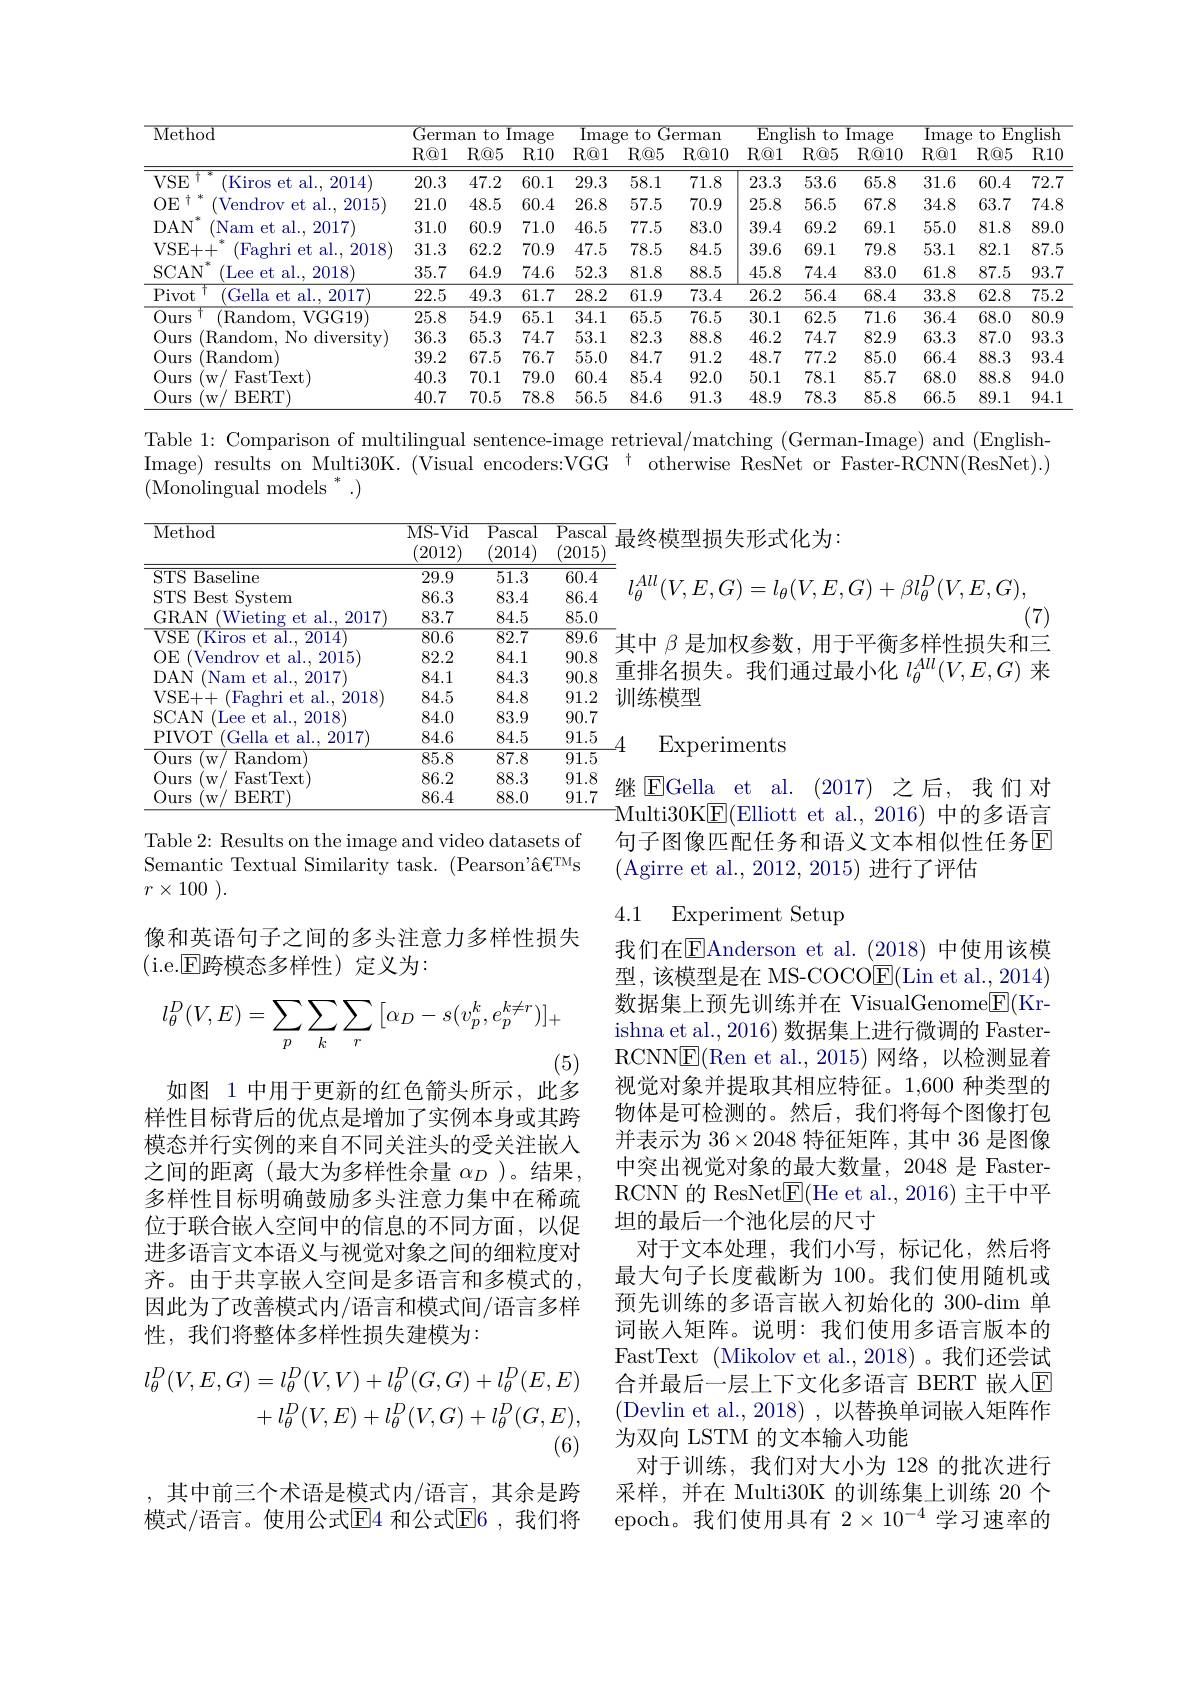
<table>
	<tbody>
		<tr>
			<th rowspan="2">$\mathop{\mathrm{Method}}$</th>
			<th colspan="2">German to Ima</th>
			<th>mage</th>
			<th colspan="3">${\mathrm{Image~to~German}}$</th>
			<th>$\overline{\mathrm{Eng}}$</th>
			<th rowspan="1">English to Image</th>
			<th>$\overline{\mathrm}$</th>
			<th colspan="3">$\operatorname$ ;to I English</th>
		</tr>
		<tr>
			<th>$R@1$</th>
			<th>$R@5$</th>
			<th>$R10$</th>
			<th>$R@1$</th>
			<th>$R@5$</th>
			<th>$R@10$</th>
			<th>$R@1$</th>
			<th>$R@5$</th>
			<th>$R@10$</th>
			<th>$R@1$</th>
			<th>$R@5$</th>
			<th>$R10$</th>
		</tr>
		<tr>
			<td>VSE 广 (Kiros et al., 2014)</td>
			<td>20.3</td>
			<td>47.2</td>
			<td>60.1</td>
			<td>29.3</td>
			<td>58.1</td>
			<td>71.8</td>
			<td>23.3</td>
			<td>53.6</td>
			<td>65.8</td>
			<td>31.6</td>
			<td>60.4</td>
			<td>72.7</td>
		</tr>
		<tr>
			<td>$OE$ 十 冰 (Vendrov et al., 2015</td>
			<td>21.0</td>
			<td>48.5</td>
			<td>60.4</td>
			<td>26.8</td>
			<td>57.5</td>
			<td>70.9</td>
			<td>25.8</td>
			<td>56.5</td>
			<td>67.8</td>
			<td>34.8</td>
			<td>63.7</td>
			<td>74.8</td>
		</tr>
		<tr>
			<td>$DAN$ (Nam et al.. 2017</td>
			<td>31.0</td>
			<td>60.9</td>
			<td>71.0</td>
			<td>46.5</td>
			<td>77.5</td>
			<td>83.0</td>
			<td>39.4</td>
			<td>69.2</td>
			<td>69.1</td>
			<td>55.0</td>
			<td>81.8</td>
			<td>89.0</td>
		</tr>
		<tr>
			<td>VSE+ + 大 (Faghri et al., 2018</td>
			<td>31.3</td>
			<td>62.2</td>
			<td>70.9</td>
			<td>47.5</td>
			<td>78.5</td>
			<td>84.5</td>
			<td>39.6</td>
			<td>69.1</td>
			<td>79.8</td>
			<td>53.1</td>
			<td>82.1</td>
			<td>87.5</td>
		</tr>
		<tr>
			<td>SCAN (Lee et al., 2018</td>
			<td>35.7</td>
			<td>64.9</td>
			<td>74.6</td>
			<td>52.3</td>
			<td>81.8</td>
			<td>88.5</td>
			<td>45.8</td>
			<td>74.4</td>
			<td>83.0</td>
			<td>61.8</td>
			<td>87.5</td>
			<td>93.7</td>
		</tr>
		<tr>
			<td>Pivot $^{\prime }$Gella et al. 2017</td>
			<td>22.5</td>
			<td>49.3</td>
			<td>61.7</td>
			<td>28.2</td>
			<td>61.9</td>
			<td>73.4</td>
			<td>26.2</td>
			<td>56.4</td>
			<td>68.4</td>
			<td>33.8</td>
			<td>62.8</td>
			<td>75.2</td>
		</tr>
		<tr>
			<td>Ours (Random, VGG19)</td>
			<td>25.8</td>
			<td>54.9</td>
			<td>65.1</td>
			<td>34.1</td>
			<td>65.5</td>
			<td>76.5</td>
			<td>30.1</td>
			<td>62.5</td>
			<td>71.6</td>
			<td>36.4</td>
			<td>68.0</td>
			<td>80.9</td>
		</tr>
		<tr>
			<td>(Random, No diversity) Ours</td>
			<td>36.3</td>
			<td>65.3</td>
			<td>74.7</td>
			<td>53.1</td>
			<td>82.3</td>
			<td>88.8</td>
			<td>46.2</td>
			<td>74.7</td>
			<td>82.9</td>
			<td>63.3</td>
			<td>87.0</td>
			<td>93.3</td>
		</tr>
		<tr>
			<td>Ours (Random</td>
			<td>39.2</td>
			<td>67.5</td>
			<td>76.7</td>
			<td>55.0</td>
			<td>84.7</td>
			<td>91.2</td>
			<td>48.7</td>
			<td>77.2</td>
			<td>85.0</td>
			<td>66.4</td>
			<td>88.3</td>
			<td>93.4</td>
		</tr>
		<tr>
			<td>Ours FastText $W$,</td>
			<td>40.3</td>
			<td>70.1</td>
			<td>79.0</td>
			<td>60.4</td>
			<td>85.4</td>
			<td>92.0</td>
			<td>50.1</td>
			<td>78.1</td>
			<td>85.7</td>
			<td>68.0</td>
			<td>88.8</td>
			<td>94.0</td>
		</tr>
		<tr>
			<td>Ours BERT $W$</td>
			<td>40.7</td>
			<td>70.5</td>
			<td>78.8</td>
			<td>56.5</td>
			<td>84.6</td>
			<td>91.3</td>
			<td>48.9</td>
			<td>78.3</td>
			<td>85.8</td>
			<td>66.5</td>
			<td>89.1</td>
			<td>94.1</td>
		</tr>
	</tbody>
</table>

Table 1: Comparison of multilingual sentence-image retrieval/matching (German-Image) and (EnglishImage) results on Multi30K. (Visual encoders:VGG $^\dagger$ otherwise ResNet or Faster-RCNN(ResNet).) $(\bar{\mathrm{Monolingual~models~}^*}.)$

(7)
{}其中 $\beta$ 是加权参数，用于平衡多样性损失和三

最终模型损失形式化为：
$l_{\theta}^{All}(V,E,G)=l_{\theta}(V,E,G)+\beta l_{\theta}^{D}(V,E,G)$,
重排名损失。我们通过最小化$l_{\theta}^{All}(V,E,G)$来
训练模型

<table>
	<tbody>
		<tr>
			<th>Method</th>
			<th>MS- Vid (2012) T</th>
			<th>$\overline{\mathrm{Pascal}}$ 2014)</th>
			<th>$\overline{\mathrm{Pascal}}$ 2015</th>
		</tr>
		<tr>
			<td>$\overline{STS}$ ${\mathrm{S~Baseline}}$</td>
			<td>29.9</td>
			<td>51.3</td>
			<td>60.4</td>
		</tr>
		<tr>
			<td>$STS$ Best System 1</td>
			<td>86.3</td>
			<td>83.4</td>
			<td>86.4</td>
		</tr>
		<tr>
			<td>GRAN (Wieting et al.,2 2017</td>
			<td>83.7</td>
			<td>84.5</td>
			<td>85.0</td>
		</tr>
		<tr>
			<td>${\overline{VSE}}$ Kiros et al. , 2014</td>
			<td>$\overline{80.6}$</td>
			<td>$\overline{82.7}$</td>
			<td>$\overline{89.6}$</td>
		</tr>
		<tr>
			<td>$OE$ (Vendrov et al.,2015</td>
			<td>82.2</td>
			<td>84.1</td>
			<td>90.8</td>
		</tr>
		<tr>
			<td>$DAN$ (Nam et al., 2017</td>
			<td>84.1</td>
			<td>84.3</td>
			<td>90.8</td>
		</tr>
		<tr>
			<td>VSE+ + Faghri et al. , 2018</td>
			<td>84.5</td>
			<td>84.8</td>
			<td>91.2</td>
		</tr>
		<tr>
			<td>SCAN Lee et al. , 2018</td>
			<td>84.0</td>
			<td>83.9</td>
			<td>90.7</td>
		</tr>
		<tr>
			<td>PIVOT $^{\prime }$Gella et al. , 2017) </td>
			<td>84.6</td>
			<td>84.5</td>
			<td>91.5</td>
		</tr>
		<tr>
			<td>$\overline{Ours}$ $W$ Random</td>
			<td>85.8</td>
			<td>87.8</td>
			<td>91.5</td>
		</tr>
		<tr>
			<td>Ours FastText $W$</td>
			<td>86.2</td>
			<td>88.3</td>
			<td>91.8</td>
		</tr>
		<tr>
			<td>Ours BERT) $W$</td>
			<td>86.4</td>
			<td>88.0</td>
			<td>91.7</td>
		</tr>
	</tbody>
</table>

Experiments

继$\operatorname{EGella}$ et al.(2017) 之后，我们对Multi30K$\underline{\mathrm{E}}($Elliott et al., 2016) 中的多语言句子图像匹配任务和语义文本相似性任务$\mathbb{E}$ (Agirre et al., 2012, 2015) 进行了评估

Table 2: Results on the image and video datasets of Semantic Textual Similarity task. (Pearson'â$\mathrm{€}^\mathrm{TM}$s $r\times 100$ ).

像和英语句子之间的多头注意力多样性损失
( i. e. $\overline {\mathrm{E} }$跨模态多样性)定义为：

### 4.1 Experiment Setup
$$l_{\theta}^{D}(V,E)=\sum_{p}\sum_{k}\sum_{r}\:[\alpha_{D}-s(v_{p}^{k},e_{p}^{k\neq r})]_{+}$$
(5)
如图 1 中用于更新的红色箭头所示，此多

样性目标背后的优点是增加了实例本身或其跨模态并行实例的来自不同关注头的受关注嵌人之间的距离(最大为多样性余量$\alpha_D$ )。结果， 多样性目标明确鼓励多头注意力集中在稀疏位于联合嵌入空间中的信息的不同方面，以促进多语言文本语义与视觉对象之间的细粒度对齐。由于共享嵌入空间是多语言和多模式的， 因此为了改善模式内/语言和模式间/语言多样性，我们将整体多样性损失建模为：

我们在$\overline{\mathrm{E}}$Anderson et al.(2018)中使用该模型，该模型是在 MS-COCO$\underline{\mathrm{E}}($Lin et al.,2014) 数据集上预先训练并在 VisualGenome$\underline{\mathrm{E}}($Krishna et al., 2016) 数据集上进行微调的 FasterRCNN$\underline{\mathrm{E}}($Ren et al.,2015)网络，以检测显着视觉对象并提取其相应特征。1,600 种类型的物体是可检测的。然后，我们将每个图像打包并表示为 36$\times2048$特征矩阵，其中 36 是图像中突出视觉对象的最大数量，2048 是 FasterRCNN 的 ResNet$\boxed{\mathrm{F}}($He et al., 2016) 主干中平坦的最后一个池化层的尺寸
对于文本处理，我们小写，标记化，然后将最大句子长度截断为 100。我们使用随机或预先训练的多语言嵌人初始化的 300-dim 单词嵌人矩阵。说明：我们使用多语言版本的FastText (Mikolov et al.,2018)。我们还尝试合并最后一层上下文化多语言 BERT 嵌人$\mathbb{E}$ (Devlin et al., 2018) , 以替换单词嵌入矩阵作为双向 LSTM 的文本输入功能
对于训练，我们对大小为 128 的批次进行采样，并在 Multi30K 的训练集上训练 20 个epoch。我们使用具有$2\times10^{-4}$学习速率的
$$\begin{aligned}l_{\theta}^{D}(V,E,G)&=l_{\theta}^{D}(V,V)+l_{\theta}^{D}(G,G)+l_{\theta}^{D}(E,E)\\&+l_{\theta}^{D}(V,E)+l_{\theta}^{D}(V,G)+l_{\theta}^{D}(G,E),\end{aligned}$$
其中前三个术语是模式内/语言，其余是跨模式/语言。使用公式$\mathbb{E}$4 和公式$\mathbb{E}$6,我们将